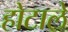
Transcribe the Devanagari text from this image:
होटाले